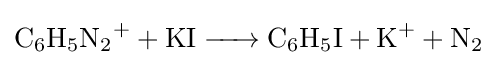
{\ce {C6H5N2+ + KI -> C6H5I + K+ + N2}}